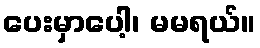
ပေးမှာပေါ့၊ မမရယ်။